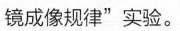
镜成像规律”实验。